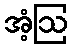
အံ့ဩ